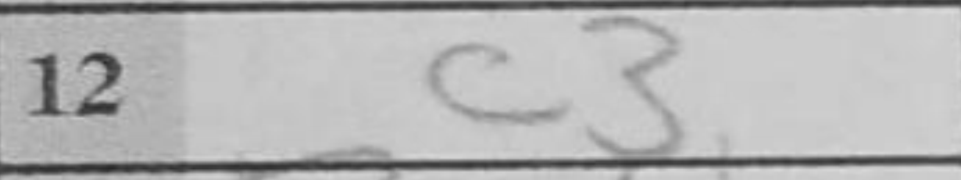
Transcription: c3